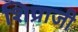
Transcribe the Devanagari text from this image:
शिप्राजी